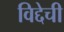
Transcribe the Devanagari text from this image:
विद्देची